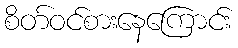
စိတ်ဝင်စားနေကြောင်း